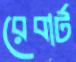
রেবার্ট